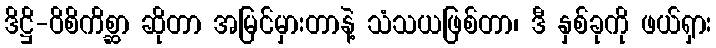
ဒိဋ္ဌိ-ဝိစိကိစ္ဆာ ဆိုတာ အမြင်မှားတာနဲ့ သံသယဖြစ်တာ၊ ဒီ နှစ်ခုကို ဖယ်ရှား